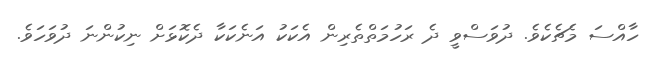
ހާއްސަ މެޗެކެވެ. ދުވަސްވީ ދެ ރަހުމަތްތެރިން އެކަކު އަނެކަކާ ދެކޮޅަށް ނިކުންނަ ދުވަހަވެ.